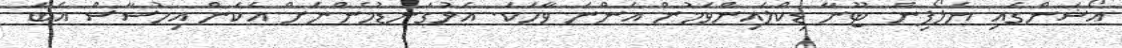
އޯޝަންގައި ޔެލޯފިން ޓޫނާ ޑިކްލައިންވަމުން އަންނަ ވާހަކަ. އަޅުގަނޑުމެންނަށް އެކަން އިހުސާސް އެބަ